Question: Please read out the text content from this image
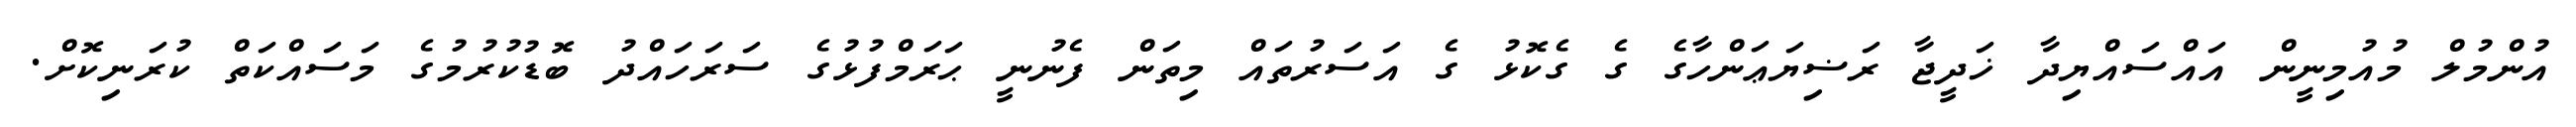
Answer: އުންމުލް މުއުމިނީން އައްސައްޔިދާ ޚަދީޖާ ރަޟިޔަޢަންހާގެ ގެ ގެކޮޅު ގެ އަސަރުތައް މިތަން ފެނުނީ ޙަރަމްފުޅުގެ ސަރަހައްދު ބޮޑުކުރުމުގެ މަސައްކަތް ކުރަނިކޮށް.